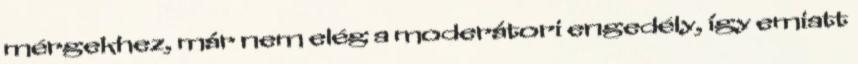
mérgekhez, már nem elég a moderátori engedély, így emiatt